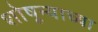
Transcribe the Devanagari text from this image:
शोषून्याच्या